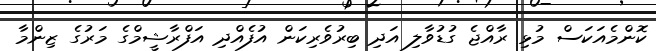
ކޮންމެއަކަަސް މުޅި ރާއްޖެ ގުޑުވާލި އަދި ބިރުވެރިކަން އުފެއްދި އަފްރާޝީމްގެ މަރުގެ ޒިންމާ